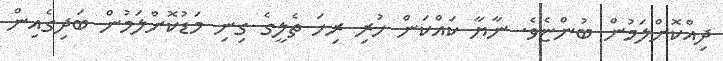
ދިއްކޮށްލަމުން ބުންޏެވެ. ނާޔާ ކައްކަން ހުރި ރިހަ ތެލީގެ ގިނި މަޑުކޮށްލަމުން ބަދިގެއިން